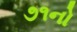
૭૧નો